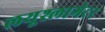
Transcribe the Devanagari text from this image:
लयूश्लागेटर